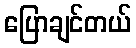
ပြောချင်တယ်